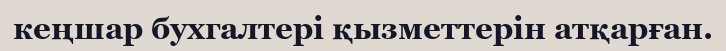
кеңшар бухгалтері қызметтерін атқарған.